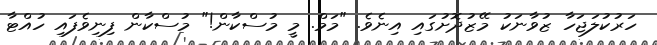
ހަރުކުލަޖަހާ ޒުވާނަކު މޭޒުދޮށުގައި އިނެވެ. "މަމް. މީ މުސްކާން!" މުސްކާން ފިނިވެފައި ހުއްޓާ